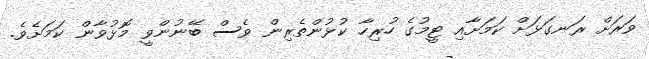
ވަރަށް ރަނގަޅަށް ކަމަށާއި ޓީމުގެ ހުރިހާ ކުޅުންތެރިން ވެސް ބޭނުންވީ މޮޅުވާން ކަމަށެވެ.